Report on vaccination in Madras 1922-1929 - 1922-1929
Year: 1922
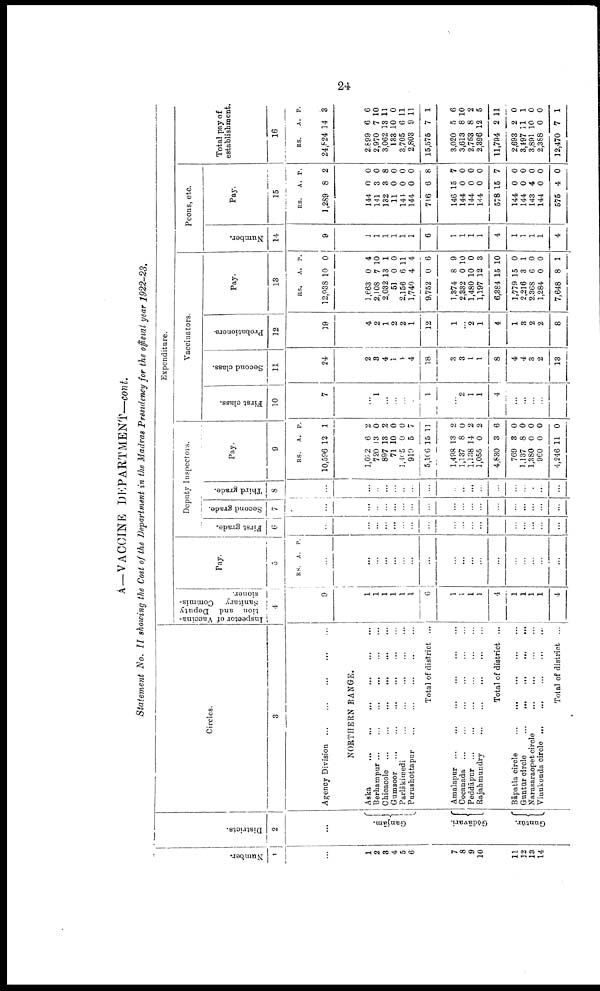
24
A—VACCINE DEPARTMENT—cont.
Statement No. II showing the Cost of the Department in the Madras Presidency for the official year 1922-23.
Number.
1
...
1
2
3
4
5
6
7
8
9
10
11
12
18
14
Districts.
2
...
Ganjām.
Gōdāvari.
Guntūr.
Circles.
3
Agency Division
...
...
...
...
...
NORTHERN RANGE.
Aska
...
...
...
...
...
...
Berhampur
...
...
...
...
...
...
Chicacole ... ... ... ... ... ...
Gumsoor
...
...
...
...
...
...
Parlā kimedi ... ... ... ... ... ...
Purushottapur ... ... ... ... ...
Total of district ...
Amalapur
...
...
...
...
...
...
Cocanada ... ... ... ... ... ...
Peddāpur
...
...
...
...
...
...
Rajahmundry
...
...
...
...
...
Total of district ...
Bāpatla circle ... ... ... ... ...
Guntūr circle
...
...
...
...
...
Narasaraopet circle
...
...
...
...
Vinukonda circle
...
...
...
...
...
Total of district ...
Expenditure.
Inspector of Vaccina
tion and Deputy
Sanitary Commis
sioner.
4
9
1
1
1
1
1
1
6
1
1
1
1
4
1
1
1
1
4
Pay.
5
RS. A. P.
...
...
...
...
...
...
...
...
...
...
...
...
...
...
...
...
...
...
Deputy Inspectors.
First grade.
6
...
...
...
...
...
...
...
...
...
...
...
...
...
...
...
...
...
...
Second grade.
7
...
...
...
...
...
...
...
...
...
...
...
...
...
...
...
...
...
...
Third grade.
8
...
...
...
...
...
...
...
...
...
...
...
...
...
...
...
...
...
...
Pay.
9
RS.
10,596
A.
12
P.
1
1,082
720
897
71
1,465
919
5,106
1,498
1,137
1,138
1,055
4,830
769
1,137
1,380
960
4,246
6
13
13
10
0
5
15
13
8
14
0
3
3
8
0
0
11
2
0
2
0
0
7
11
2
0
2
2
6
0
0
0
0
0
Vaccinators.
First class.
10
7
...
1
...
...
...
1
...
2
1
1
4
...
...
...
...
Second class.
11
24
2
3
4
1
4
4
18
3
3
1
1
8
4
4
3
2
13
Probationers.
12
19
4
2
1
2
2
1
12
1
...
2
1
4
1
3
2
2
8
Pay.
13
RS.
12,938
A.
10
P.
0
1,663
2,108
2,032
51
2,156
1,740
9,752
1,374
2,332
1,480
1,197
6,384
1,779
2,216
2,368
1,284
7,648
0
7
13
0
6
4
0
8
0
10
12
15
15
3
6
0
8
4
10
1
0
11
4
6
9
10
0
3
10
0
1
0
0
1
Peons, etc.
Number.
14
9
1
1
1
1
1
1
6
1
1
1
1
4
1
1
1
1
4
Pay.
15
RS.
1,289
A.
8
P.
2
144
141
132
11
144
144
716
146
144
144
144
578
144
144
143
144
575
0
3
3
0
0
0
6
15
0
0
0
15
0
0
4
0
4
0
0
8
0
0
0
8
7
0
0
0
7
0
0
0
0
0
Total pay of
establishment
16
RS.
24,824
A.
14
P.
3
2,899
2,970
3,062
133
3,705
2,803
15,575
3,020
3,613
2,763
2,896
11,794
2,693
3,497
3,891
2,388
12,470
6
7
13
10
6
9
7
5
8
8
12
2
2
11
10
0
7
6
10
11
0
11
11
1
6
10
2
5
11
0
1
0
0
1